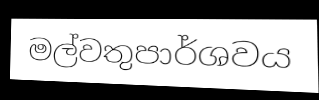
මල්වතුපාර්ශවය